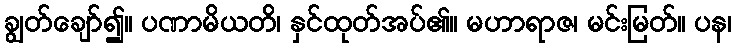
ချွတ်ချော်၍။ ပဏာမိယတိ၊ နှင်ထုတ်အပ်၏။ မဟာရာဇ၊ မင်းမြတ်။ ပန၊